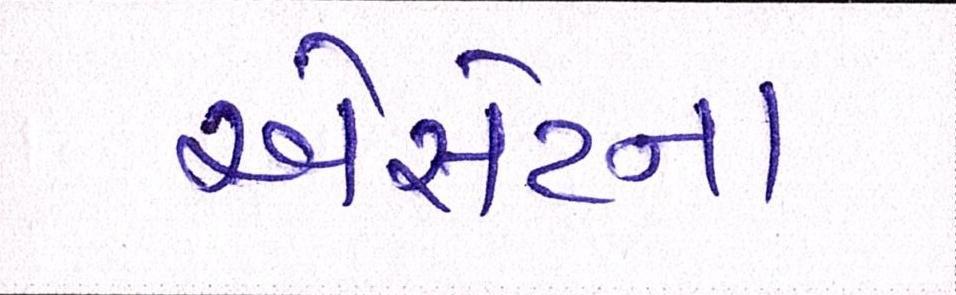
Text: એસેટના